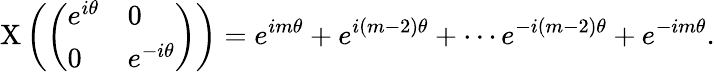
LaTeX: \mathrm{X}\left({\left(\begin{array}{ll}{e^{i\theta}}&{0}\\ {0}&{e^{-i\theta}}\end{array}\right)}\right)=e^{im\theta}+e^{i(m-2)\theta}+\cdots e^{-i(m-2)\theta}+e^{-im\theta}.